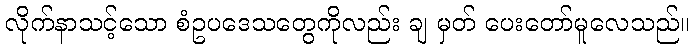
လိုက်နာသင့်သော စံဥပဒေသတွေကိုလည်း ချ မှတ် ပေးတော်မူလေသည်။